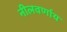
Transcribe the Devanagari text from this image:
नीलवर्णाय